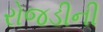
રોજડીની